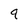
Character: 9